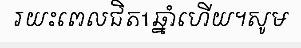
រយះពេលជិត1ឆ្នាំហើយ។សូម